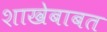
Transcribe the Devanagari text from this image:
शाखेबाबत